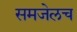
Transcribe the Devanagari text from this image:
समजेलच